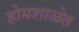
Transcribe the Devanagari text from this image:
होमशाळेत